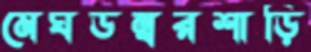
মেঘডম্বরশাড়ি